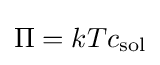
\Pi =kTc_{\text{sol}}